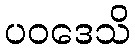
ပဝဒေသိ